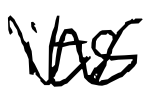
Text: its
Cross-out: mix
Writing tool: digital_black